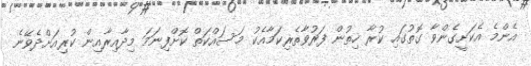
އެންމެ އެކަށީގެންވާ ގޮތުގައި ކުރާ ހިތުން ފަރުވާތެރިކަމާއެކު މަސައްކަތް ކޮށްފިނަމަ މިދާއިރާއިން ކުރިއަށްދެވޭނެ